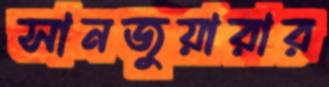
সানজুয়ারার